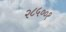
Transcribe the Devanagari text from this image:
२८५००१